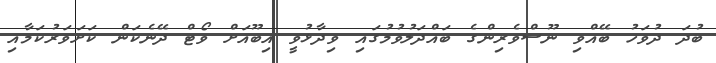
ބުދަ ދުވަހު ބޭއްވި ނޫސްވެރިންގެ ބައްދަލުވުމުގައި ވިދާޅުވީ އިބޫއަށް ވޯޓް ދޭނެކަން ކަށަވަރުކަމާއި